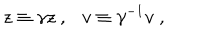
z \equiv \gamma z \ , \ \ \ v \equiv \gamma ^ { - 1 } v \; ,